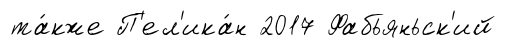
та́кже П'ел'ика́н 2017 Фабьяньск'ий